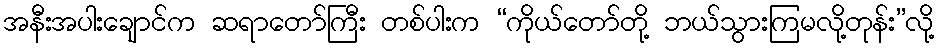
အနီးအပါးချောင်က ဆရာတော်ကြီး တစ်ပါးက “ကိုယ်တော်တို့ ဘယ်သွားကြမလို့တုန်း”လို့